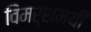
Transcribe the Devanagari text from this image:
विमर्शमयी